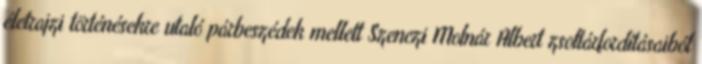
életrajzi történésekre utaló párbeszédek mellett Szenczi Molnár Albert zsoltárfordításaiból